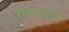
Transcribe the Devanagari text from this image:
राज्यदर्शन